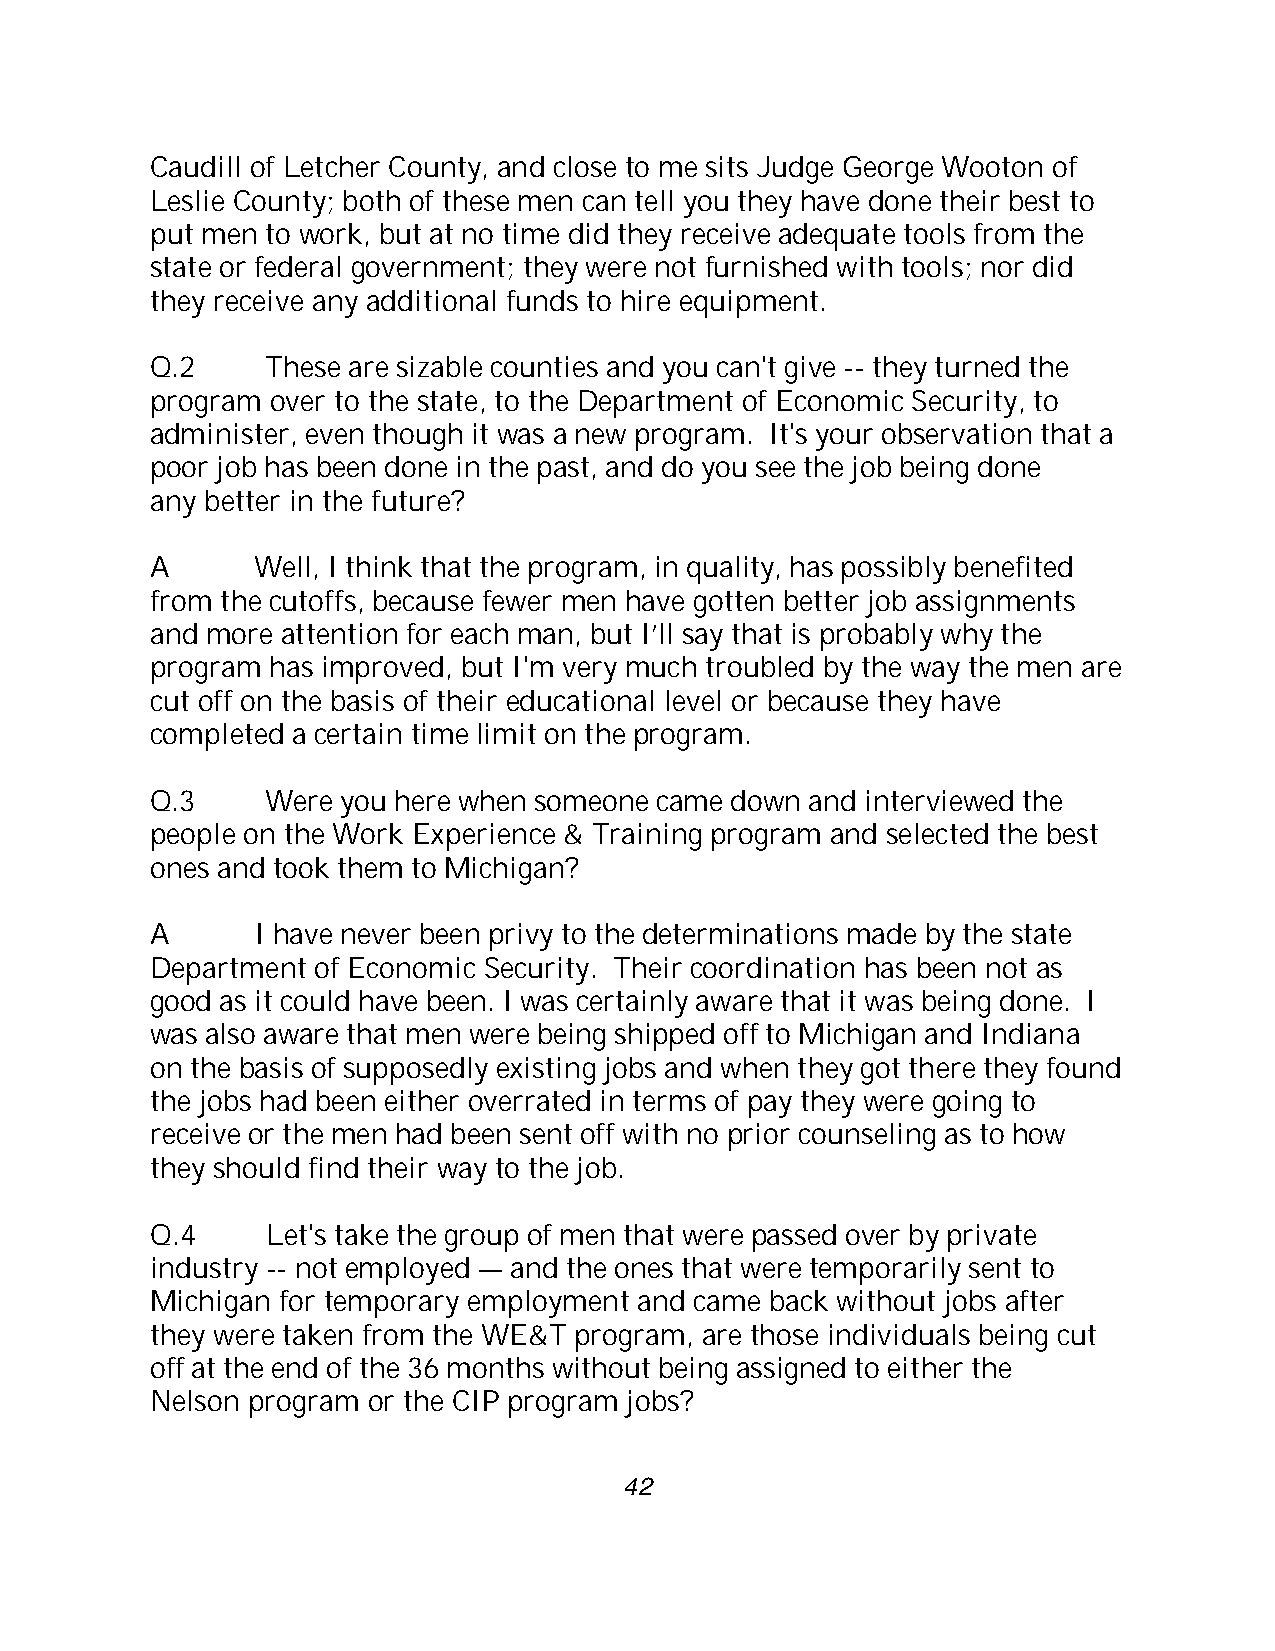
Caudill of Letcher County, and close to me sits Judge George Wooton of
 Leslie County; both of these men can tell you they have done their best to
 put men to work, but at no time did they receive adequate tools from the
 state or federal government; they were not furnished with tools; nor did
 they receive any additional funds to hire equipment.
 Q.2     These are sizable counties and you can't give -- they turned the
 program over to the state, to the Department of Economic Security, to
 administer, even though it was a new program. It's your observation that a
 poor job has been done in the past, and do you see the job being done
 any better in the future?
 A      Well, I think that the program, in quality, has possibly benefited
 from the cutoffs, because fewer men have gotten better job assignments
 and more attention for each man, but I’ll say that is probably why the
 program has improved, but I'm very much troubled by the way the men are
 cut off on the basis of their educational level or because they have
 completed a certain time limit on the program.
 Q.3     Were you here when someone came down and interviewed the
 people on the Work Experience & Training program and selected the best
 ones and took them to Michigan?
 A      I have never been privy to the determinations made by the state
 Department of Economic Security. Their coordination has been not as
 good as it could have been. I was certainly aware that it was being done. I
 was also aware that men were being shipped off to Michigan and Indiana
 on the basis of supposedly existing jobs and when they got there they found
 the jobs had been either overrated in terms of pay they were going to
 receive or the men had been sent off with no prior counseling as to how
 they should find their way to the job.
 Q.4     Let's take the group of men that were passed over by private
 industry -- not employed — and the ones that were temporarily sent to
 Michigan for temporary employment and came back without jobs after
 they were taken from the WE&T program, are those individuals being cut
 off at the end of the 36 months without being assigned to either the
 Nelson program or the CIP program jobs?
 42